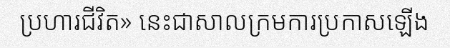
ប្រហារជីវិត» នេះជាសាលក្រមការប្រកាសឡើង